Annual report of the Civil Veterinary Department, Bengal, for the year 1897-98 - 1897-1898
Year: 1897
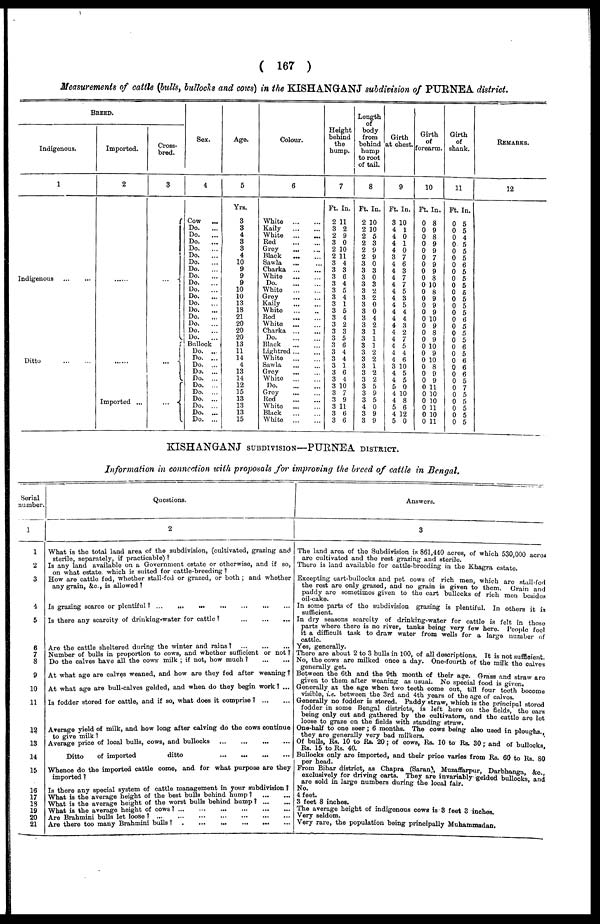
( 167 )
Measurements of cattle (bulls, bullocks and cows) in the KISHANGANJ subdivision of PURNEA district.
BREED.
Indigenous.
1
Indigenous
Ditto
.... ...
Imported.
2
......
Imported ...
Cross-
bred.
3
...
...
Sex.
4
Cow
...
Do. ...
Do. ...
Do.
...
Do. ...
Do.
...
Do. ...
| Do. ...
Do. ...
Do.
...
Do. ...
Do. ...
Do. ...
Do. ...
Do. ...
Do. ...
Do. ...
Do.
...
Bullock ...
Do. ...
Do. ...
Do. ...
Do. ...
Do. ...
Do. ...
Do. ...
Do. ...
Do. ...
Do. ...
Do. ...
Ago.
5
Yrs.
3
3
4
3
3
4
10
9
9
9
10
10
13
18
21
20
20
20
13
11
14
4
13
11
12
15
13
13
13
15
Colour.
6
White
Kaily
White ... ...
Red
Grey ... ...
Black
Sawla ... ...
Charka ...
White
Do
White
Grey
Kaily
White
Red
White
Charka ...
Do
Black
Lightred
...
...
White
Sawla ... ....
Grey ... ...
White
Do. ... ...
Grey
Red
White
Black
White
Height
behind
the
hump.
7
Ft. In.
2 11
3 2
2 9
3 0
2 10
2 11
3 4
3 3
3 6
3 4
3 5
3 4
3 1
3 5
3 4
3 2
3 3
3 5
3 6
3 4
3 4
3 1
3 6
3 1
3 10
3 7
3 9
3 11
3 6
3 6
Length
body
from
behind
hump
to root
of tail.
8
Ft. In.
2 10
2 10
2 5
2 3
2 9
2 9
3 0
3 3
3 0
3 3
3 2
3 2
3 0
3 0
3 4
3 2
3 1
3 1
3 1
3 2
3 2
3 1
3 2
3 2
3 5
3 9
3 5
4 0
3 9
3 9
Girth
at chest.
9
Ft. In.
3 10
4 1
4 0
4 1
4 0
3 7
4 6
4 3
4 7
4 7
4 5
4 3
4 5
4 4
4 4
4 3
4 2
4 7
4 5
4 1
4 6
3 10
4 5
4 5
5 0
4 10
4 3
5 0
4 12
5 0
Girth
of
forearm.
10
Ft. In.
0 8
0 9
0 8
0 9
0 9
0 7
0 9
0 9
0 8
0 10
0 8
0 9
0 9
0 9
0 10
0 9
0 8
0 9
0 10
0 9
0 10
0 8
0 9
0 9
0 11
0 10
0 10
0 11
0 10
0 11
Girth
of
shank.
11
Ft. In.
0 5
0 5
0 4
0 5
0 5
0 5
0 6
0 5
0 5
0 5
0 6
0 5
0 5
0 5
0 6
0 5
0 5
0 5
0 6
0 5
0 6
0 6
0 6
0 5
0 7
0 5
0 5
0 5
0 5
0 5
REMARKS.
12
KISHANGANJ SUBDIVISION—PURNEA DISTRICT.
Information in connection with proposals for improving the breed of cattle in Bengal.
Serial
number.
1
1
2
3
4
5
6
7
8
9
10
11
12
13
14
15
16
17
13
19
20
21
Questions.
2
What is the total land area of the subdivision, (cultivated, grazing and
sterile, separately, if practicable) ?
Is any land available on a Government estate or otherwise, and if so,
on what estate which is suited for cattle-breeding ?
How are cattle fed, whether stall-fed or grazed, or both ; and whether
any grain, &c., is allowed ?
Is grazing scarce or plentiful? ...
...
...
...
...
Is there any scarcity of drinking-water for cattle?
...
...
...
Are the cattle sheltered during the winter and rains?
...
...
...
Number of bulls in proportion to cows, and whether sufficient or not ?
Do the calves have all the cows milk ; if not, how much ?
At what age are calves weaned, and how are they fed after weaning ?
At what age are bull-calves gelded, and when do they begin work ? ...
Is fodder stored for cattle, and if so, what does it comprise?
Average yield of milk, and how long after calving do the cows continue
to give milk ?
Average price of local bulls, cows, and bullocks
Ditto
of imported
ditto
Whence do the imported cattle come, and for what purpose are they
imported ?
Is there any special system of cattle management in your subdivision ?
What is the average height of the best bulls behind hump ?
What is the average height of the worst bulls behind hump ?
What is the average height of cows?
...
...
...
...
...
...
Are Brahmini bulls let loose ? ...
...
...
...
...
....
...
Are there too many Brahmini bulls ?
...
...
...
...
...
...
...
Answers.
3
The land area of the Subdivision is 861,410 acres, of which 530 000 acres
arc cultivated and the rest grazing and sterile.
There is land available for cattle-breeding in the Khagra estate
Excepting cart-bullocks and pet cows of rich men, which are stall fed
the rest are only grazed, and no grain is given to them Grain and
paddy are sometimes given to the cart bullocks of rich men besides
oil-cake.
In some parts of the subdivision grazing is plentiful. In others it is
sufficient.
In dry seasons scarcity of drinking-water for cattle is felt in those
parts where there is no river, tanks being very few here. People feel
it a difficult task to draw water from wells for a large number of
Yes, generally.
There are about 2 to 3 bulls in 100, of all descriptions. It is not suffcient.
No, the cows are milked once a day. One-fourth of the milk the calves
generally get.
Between the 6th and the 9th month of their are. Grass and straw are
given to them after weaning as usual. No special food is given.
Generally at the age when two teeth come out, till four teeth become
visible, i.e. between the 3rd and 4th years of the age of calves.
Generally no fodder is stored. Paddy straw, which is the principal stored
fodder in some Bengal districts, is left here on the fields the ears
being only cut and gathered by the cultivators, and the cattle are lot
loose to graze on the fields with standing straw.
One-half to one seer; 6 months. The cows being also used in ploughs
they are generally very bad milkers.
Of bulls, Rs. 10 to Rs. 20; of cow Rs.
10 to Rs. 30 ; and of bullocks,
Bullocks only are imported, and their price varies from Rs. 60 to Rs. 80
per head.
From Bihar district, as Chapra (Saran), Muzaffarpur, Darbhanga &c.,
exclusively for driving carts. They are invariably gelded bullocks and
are sold in large numbers during the local fair.
No.
4 feet.
3 feet 8 inches.
The average height of indigenous cows is 3 feet 3 inches.
Very seldom.
Very rare, the population being principally Muhammadan.